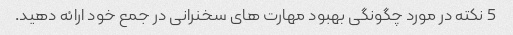
5 نکته در مورد چگونگی بهبود مهارت های سخنرانی در جمع خود ارائه دهید.